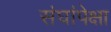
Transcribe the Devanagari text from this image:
संघांपेक्षा